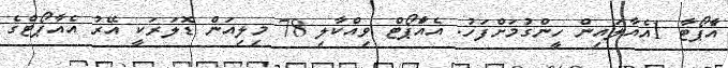
އެެާޕޯޓާ 1އެއާލައިން ހީންގުމަށްފަހު. އެއަާޕޯޓް ވިއްކާލި 78 މިލިއަން ޑޮލަރަކީ އޭރު އެއާޕޯޓްގެ